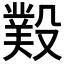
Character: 𣪻